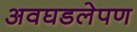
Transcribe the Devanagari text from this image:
अवघडलेपण